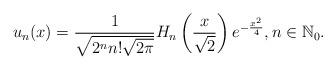
LaTeX: \begin{align*} u_n(x) = \frac{1}{\sqrt{2^n n!\sqrt{2 \pi}}} H_n\left(\frac{x}{\sqrt{2}}\right) e^{-\frac{x^2}{4}}, n \in \mathbb{N}_0.\end{align*}